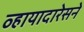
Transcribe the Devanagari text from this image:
व्हायादारेसने